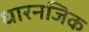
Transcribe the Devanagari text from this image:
धारनजिक